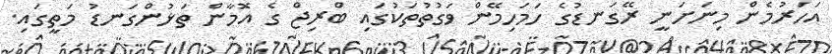
އަހަރުމެން މިނަށަނީ ރޭގަނޑުގެ ހަމަހިމޭން ވަގުތުތަކުގައި ބްރިޖް ގެ އޮމާން ތަޅުންގަނޑު މަތީގައި.